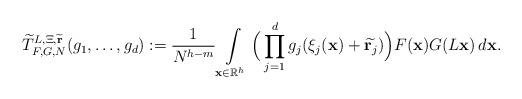
LaTeX: \begin{align*}\widetilde{T}^{L,\Xi,\widetilde{\mathbf{r}}}_{F,G,N}(g_1,\dots,g_{d}) := \frac{1}{N^{h-m}}\int\limits_{\mathbf{x}\in \mathbb{R}^h}\Big(\prod\limits_{j=1}^{d}g_j(\xi_j(\mathbf{x})+ \widetilde{\mathbf{r}_j})\Big)F(\mathbf{x})G(L\mathbf{x})\, d\mathbf{x}.\end{align*}